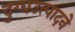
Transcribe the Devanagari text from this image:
दुग्धउत्पादने